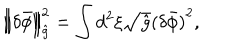
LaTeX: \left\| \delta { \bar { \phi } } \right\| _ { \hat { g } } ^ { 2 } = \int { d ^ { 2 } } \xi \sqrt { \hat { g } } { { ( \delta { \bar { \phi } } ) } ^ { 2 } } ,